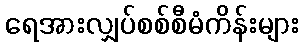
ရေအားလျှပ်စစ်စီမံကိန်းများ